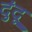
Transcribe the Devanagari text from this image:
दुंदू